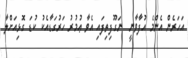
އަހަރެން އެންމެ އުފާވާނީ  ނަގޫފިތިފައި އެވާ ޢުމުރު ހަރުގަޑާއެކު ކުޑަ ގޮޅިއަށްލާ